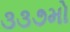
૩૩૭મો